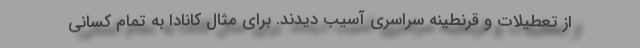
از تعطیلات و قرنطینه سراسری آسیب دیدند. برای مثال کانادا به تمام کسانی